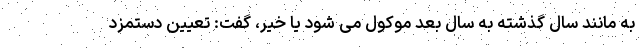
به مانند سال گذشته به سال بعد موکول می شود یا خیر، گفت: تعیین دستمزد